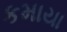
કમાયા